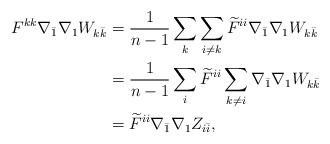
\begin{align*}\begin{aligned} F^{kk}\nabla_{\bar 1}\nabla_1 W_{k\bar k} &=\frac{1}{n-1}\sum_k \sum_{i\ne k} \widetilde{F}^{ii}\nabla_{\bar 1}\nabla_1 W_{k\bar k} \\&= \frac{1}{n-1}\sum_i \widetilde{F}^{ii}\sum_{k\ne i}\nabla_{\bar 1}\nabla_1 W_{k\bar k} \\&= \widetilde{F}^{ii} \nabla_{\bar 1}\nabla_1 Z_{i\bar i},\end{aligned}\end{align*}